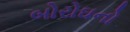
બોરોઘનો